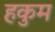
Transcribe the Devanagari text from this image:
हकुम